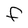
Character: F